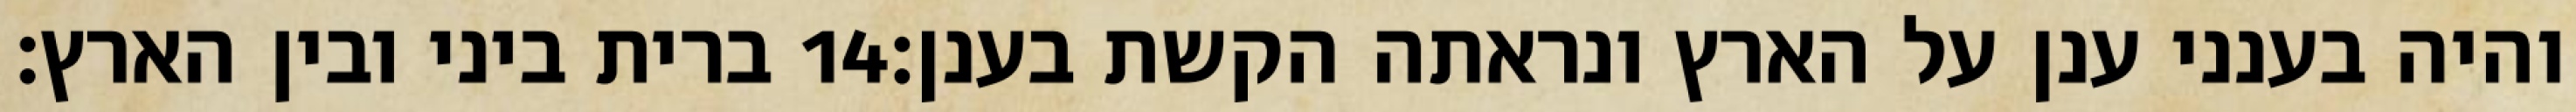
ברית ביני ובין הארץ׃ ‎14‏ והיה בענני ענן על הארץ ונראתה הקשת בענן׃